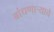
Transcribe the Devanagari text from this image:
बांधणार्‍याचे